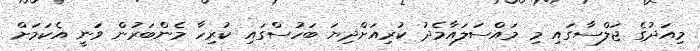
މިއަދުގެ ޖަލްސާގައި މި މައްސަލައާމެދު ކުރިއަށްދިޔަ ބަހުސްގައި ކުރިހާ މެންބަރުން ވަނީ އެކަމަށް